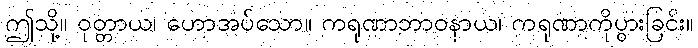
ဤသို့။ ဝုတ္တာယ၊ ဟောအပ်သော။ ကရုဏာဘာဝနာယ၊ ကရုဏာကိုပွားခြင်း။